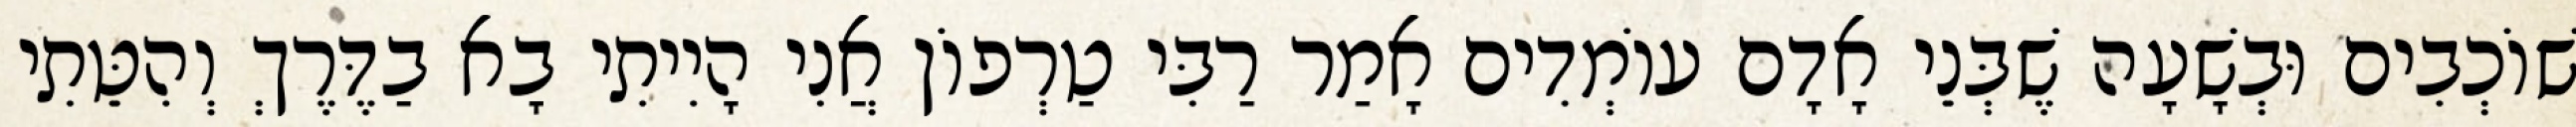
שׁוֹכְבִים וּבְשָׁעָה שֶׁבְּנֵי אָדָם עוֹמְדִים אָמַר רַבִּי טַרְפוֹן אֲנִי הָיִיתִי בָא בַדֶּרֶךְ וְהִטֵּתִי